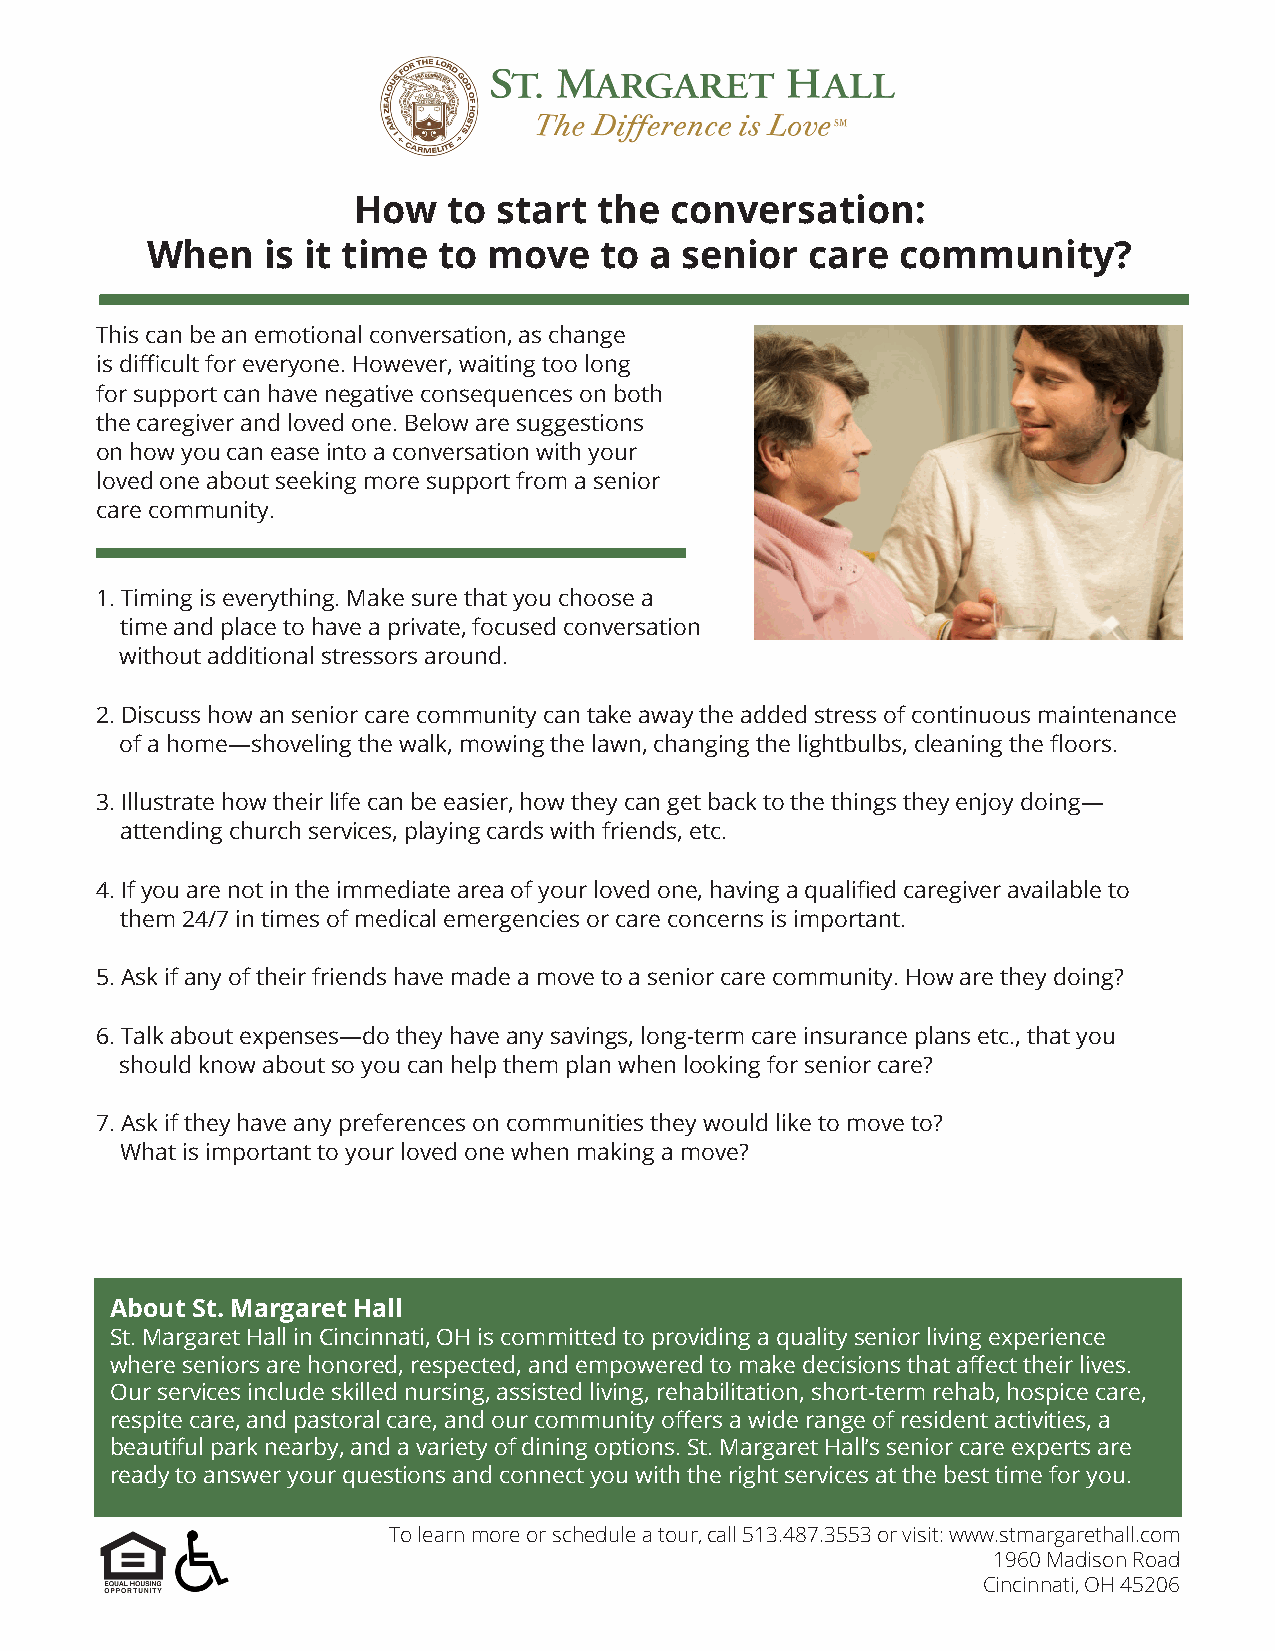
How    to start  the conversation:
 When   is it time  to move    to a senior   care  community?
 This can be an emotional conversation, as change
 is difficult for everyone. However, waiting too long
 for support can have negative consequences on both
 the caregiver and loved one. Below are suggestions
 on how you can ease into a conversation with your
 loved one about seeking more support from a senior
 care community.
 1. Timing is everything. Make sure that you choose a
 time and place to have a private, focused conversation
 without additional stressors around.
 2. Discuss how an senior care community can take away the added stress of continuous maintenance
 of a home—shoveling the walk, mowing the lawn, changing the lightbulbs, cleaning the floors.
 3. Illustrate how their life can be easier, how they can get back to the things they enjoy doing—
 attending church services, playing cards with friends, etc.
 4. If you are not in the immediate area of your loved one, having a qualified caregiver available to
 them 24/7 in times of medical emergencies or care concerns is important.
 5. Ask if any of their friends have made a move to a senior care community. How are they doing?
 6. Talk about expenses—do they have any savings, long-term care insurance plans etc., that you
 should know about so you can help them plan when looking for senior care?
 7. Ask if they have any preferences on communities they would like to move to?
 What is important to your loved one when making a move?
 About St. Margaret Hall
 St. Margaret Hall in Cincinnati, OH is committed to providing a quality senior living experience
 where seniors are honored, respected, and empowered to make decisions that affect their lives.
 Our services include skilled nursing, assisted living, rehabilitation, short-term rehab, hospice care,
 respite care, and pastoral care, and our community offers a wide range of resident activities, a
 beautiful park nearby, and a variety of dining options. St. Margaret Hall’s senior care experts are
 ready to answer your questions and connect you with the right services at the best time for you.
 To learn more or schedule a tour, call 513.487.3553 or visit: www.stmargarethall.com
 1960 Madison Road
 Cincinnati, OH 45206